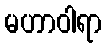
မဟာဝါရာ